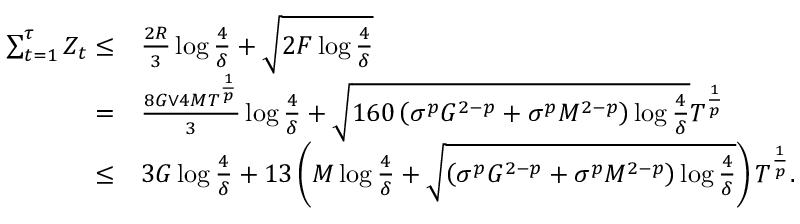
\begin{array} { r l } { \sum _ { t = 1 } ^ { \tau } Z _ { t } \leq } & { \frac { 2 R } { 3 } \log \frac { 4 } { \delta } + \sqrt { 2 F \log \frac { 4 } { \delta } } } \\ { = } & { \frac { 8 G \lor 4 M T ^ { \frac { 1 } { p } } } { 3 } \log \frac { 4 } { \delta } + \sqrt { 1 6 0 \left( \sigma ^ { p } G ^ { 2 - p } + \sigma ^ { p } M ^ { 2 - p } \right) \log \frac { 4 } { \delta } } T ^ { \frac { 1 } { p } } } \\ { \leq } & { 3 G \log \frac { 4 } { \delta } + 1 3 \left( M \log \frac { 4 } { \delta } + \sqrt { \left( \sigma ^ { p } G ^ { 2 - p } + \sigma ^ { p } M ^ { 2 - p } \right) \log \frac { 4 } { \delta } } \right) T ^ { \frac { 1 } { p } } . } \end{array}